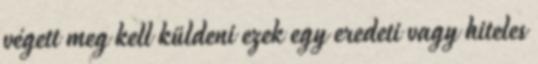
végett meg kell küldeni ezek egy eredeti vagy hiteles